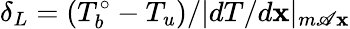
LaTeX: \delta_{L}=(T_{b}^{\circ}-T_{u})/|dT/d\mathbf{x}|_{m\mathscr{A}\mathbf{x}}